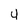
Character: 4